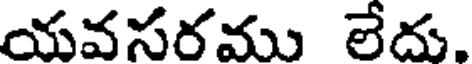
యవసరము లేదు.